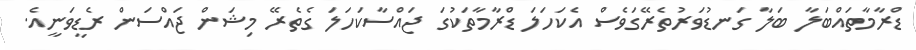
ޑްރާމާތައްބަލާ ބަލާ ގަނޑުވަރުތެރޭގަވެސް އެކަހަލަ ޑްރާމާތަކުގަ ޖައްސާކަހަލަ ގެތެރޭ މިޝަން ޖައްސަން ރެޑީވަނީއެ.